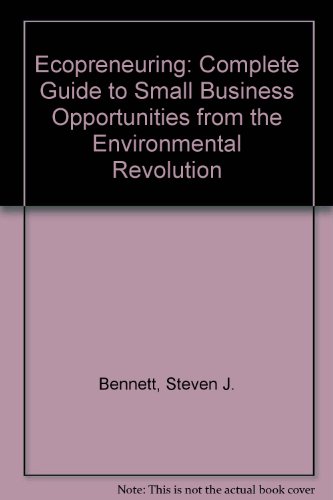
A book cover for Ecopreneuring: The Complete Guide to Small Business Opportunities from the Environmental Revolution; Steven J. Bennett; Science & Math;